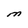
Character: M